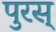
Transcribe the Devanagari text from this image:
पुरस्